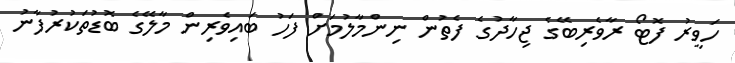
ހަވީރު ފޮޓޯ ރާވެރިބޭގެ ޖިހާދުގެ ފެތުން ނިންމާލުމަށް ފަހު ބައިވެރިން މާލޭގެ ބޮޑުތަކުރުފާނު